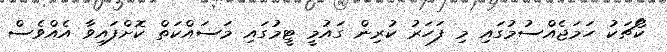
ކޯޗަކު ހަމަޖެއްސުމުގައި މި ފަހަރު ކުރިން ގައުމީ ޓީމުގައި މަސައްކަތް ކޮށްފައިވާ އެއްވެސް